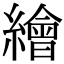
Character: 繪